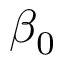
\beta _ { 0 }